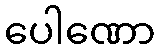
ပေါဏော